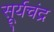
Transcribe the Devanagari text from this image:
सू्र्यचंद्र